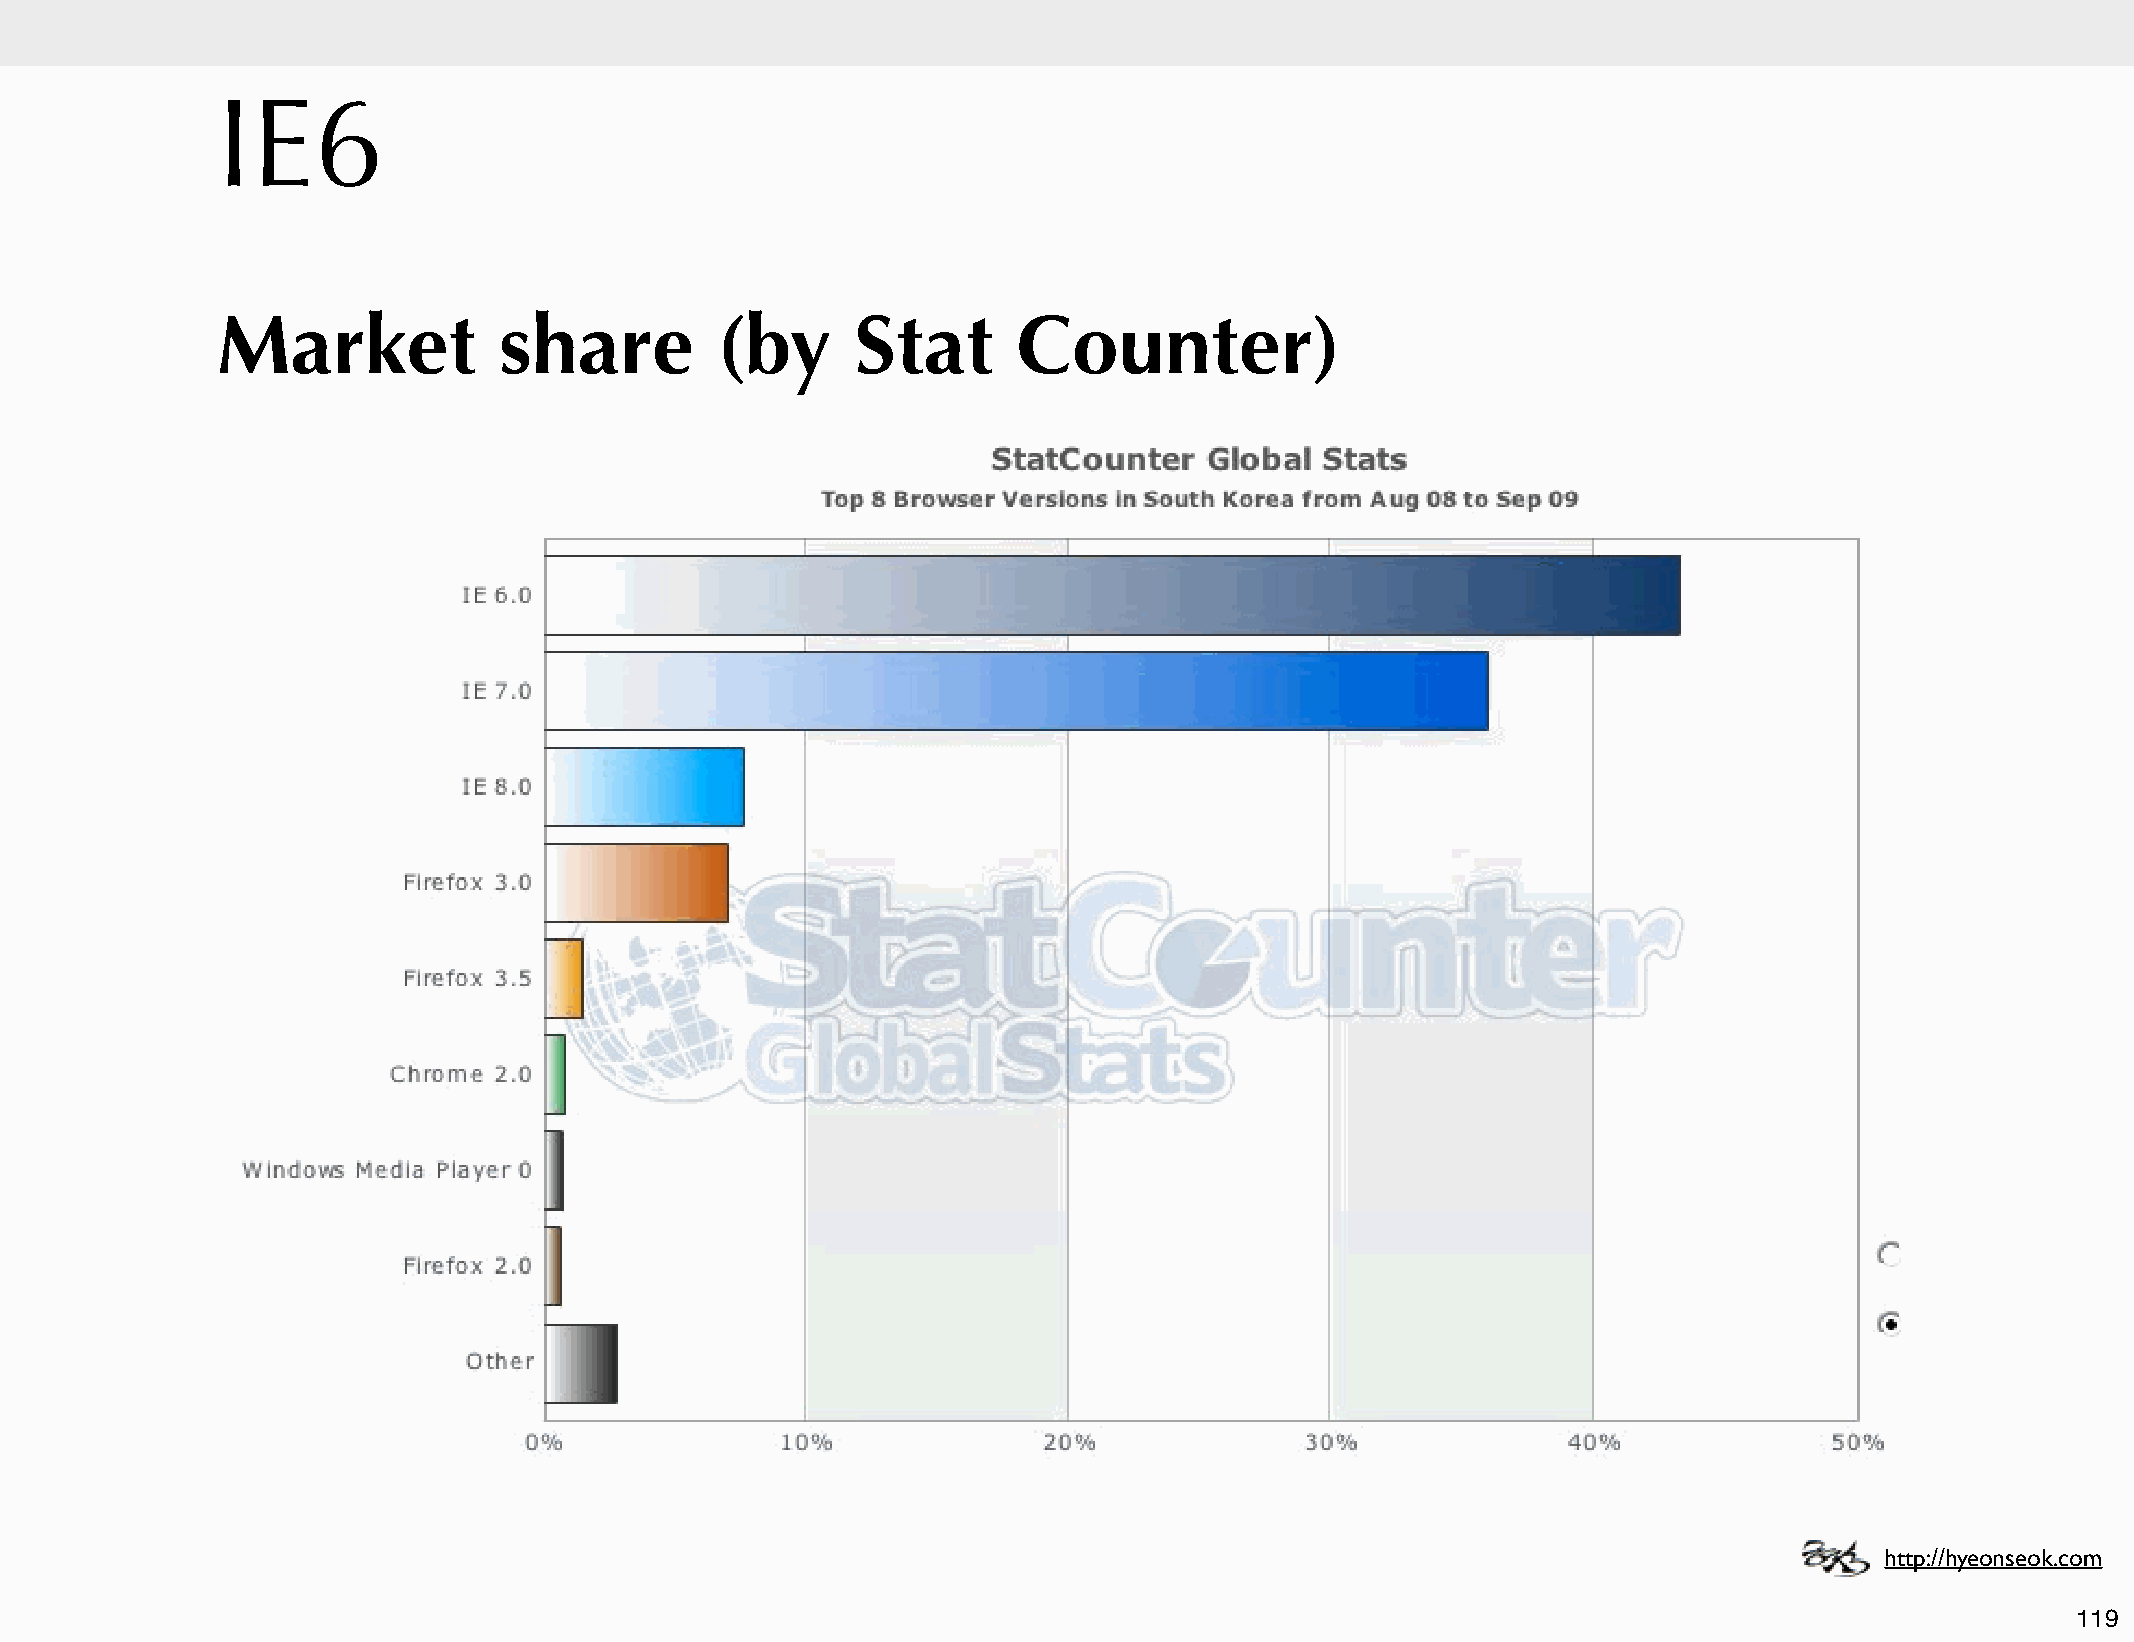
IE6
 Market             share         (by       Stat      Counter)
 http://hyeonseok.com
 119